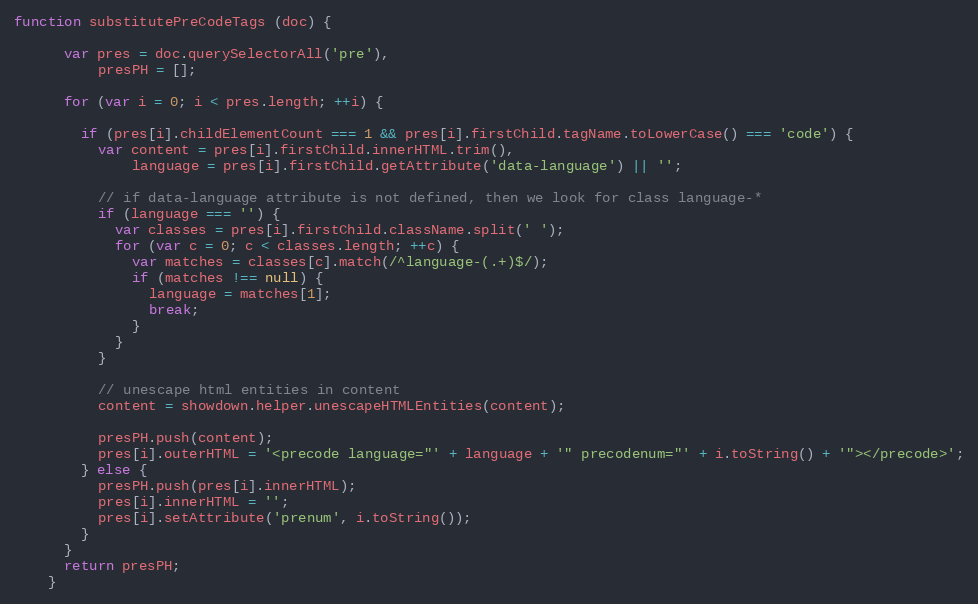
Language: JavaScript
function substitutePreCodeTags (doc) {

      var pres = doc.querySelectorAll('pre'),
          presPH = [];

      for (var i = 0; i < pres.length; ++i) {

        if (pres[i].childElementCount === 1 && pres[i].firstChild.tagName.toLowerCase() === 'code') {
          var content = pres[i].firstChild.innerHTML.trim(),
              language = pres[i].firstChild.getAttribute('data-language') || '';

          // if data-language attribute is not defined, then we look for class language-*
          if (language === '') {
            var classes = pres[i].firstChild.className.split(' ');
            for (var c = 0; c < classes.length; ++c) {
              var matches = classes[c].match(/^language-(.+)$/);
              if (matches !== null) {
                language = matches[1];
                break;
              }
            }
          }

          // unescape html entities in content
          content = showdown.helper.unescapeHTMLEntities(content);

          presPH.push(content);
          pres[i].outerHTML = '<precode language="' + language + '" precodenum="' + i.toString() + '"></precode>';
        } else {
          presPH.push(pres[i].innerHTML);
          pres[i].innerHTML = '';
          pres[i].setAttribute('prenum', i.toString());
        }
      }
      return presPH;
    }